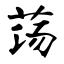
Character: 荡